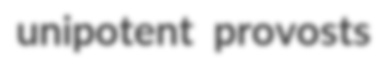
unipotent provosts